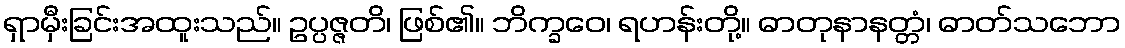
ရှာမှီးခြင်းအထူးသည်။ ဥပ္ပဇ္ဇတိ၊ ဖြစ်၏။ ဘိက္ခဝေ၊ ရဟန်းတို့။ ဓာတုနာနတ္တံ၊ ဓာတ်သဘော